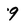
Character: 9